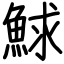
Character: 鯄